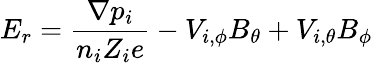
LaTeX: E_{r}=\frac{\nabla p_{i}}{n_{i}Z_{i}e}-V_{i,\phi}B_{\theta}+V_{i,\theta}B_{\phi}